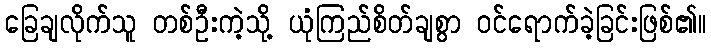
ခြေချလိုက်သူ တစ်ဦးကဲ့သို့ ယုံကြည်စိတ်ချစွာ ဝင်ရောက်ခဲ့ခြင်းဖြစ်၏။